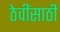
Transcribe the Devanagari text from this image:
ठेवींसाठी